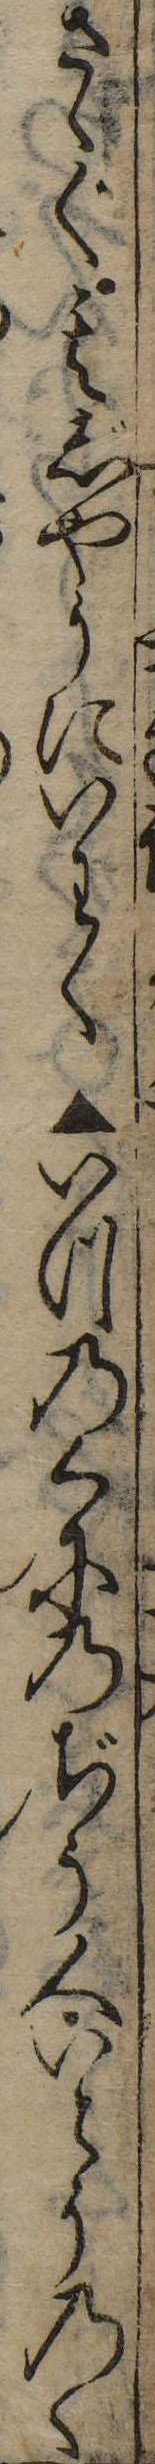
さゝぐ其じやうにいわく▲いつのくにのぢう人いとうのく